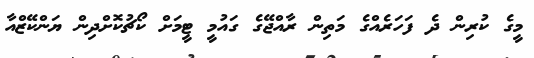
މީގެ ކުރިން ދެ ފަހަރެއްގެ މަތިން ރާއްޖޭގެ ގައުމީ ޓީމަށް ކޯޗުކޮށްދިން ޔަންކޭޒްއާ